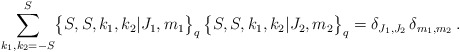
\begin{align*} \sum_{k_1,k_2=-S}^S \bigl\{ S,S,k_1,k_2 \vert J_1,m_1 \bigr\}_q \,\bigl\{ S,S,k_1,k_2 \vert J_2,m_2 \bigr\}_q= \delta_{J_1,J_2} \, \delta_{m_1,m_2} \,. \end{align*}